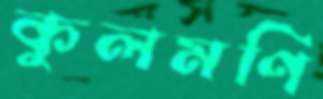
কুলমণি